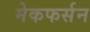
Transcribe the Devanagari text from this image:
मेकफर्सन